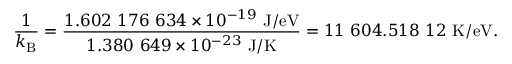
{ \frac { 1 } { k _ { \mathrm { B } } } } = { \frac { 1 . 6 0 2 \ 1 7 6 \ 6 3 4 \times 1 0 ^ { - 1 9 } { \mathrm { ~ J / e V } } } { 1 . 3 8 0 \ 6 4 9 \times 1 0 ^ { - 2 3 } { \mathrm { ~ J / K } } } } = 1 1 \ 6 0 4 . 5 1 8 \ 1 2 { \mathrm { ~ K / e V } } .